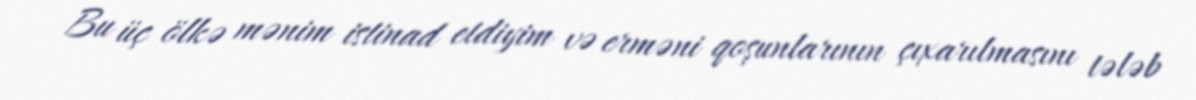
Bu üç ölkə mənim istinad etdiyim və erməni qoşunlarının çıxarılmasını tələb